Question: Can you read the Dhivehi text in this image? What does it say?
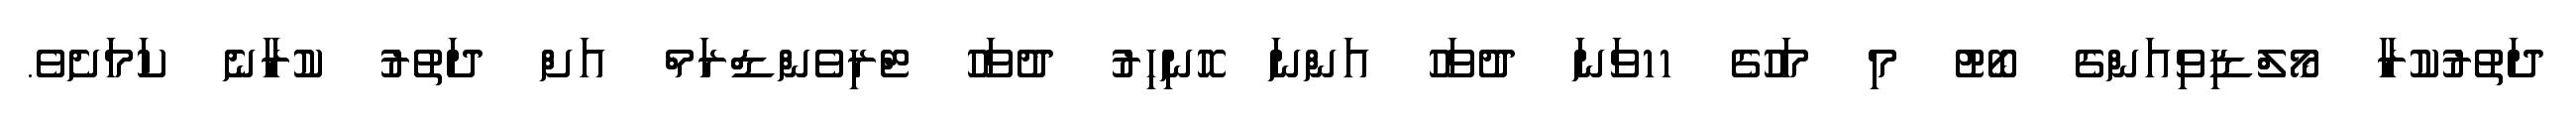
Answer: ދަތުރުކުރާ މޯލްޑިވިއަންގެ ބޯޓު މި މަހުގެ 11ވަނަ ދުވަހު އަންނަ ހޮނިހިރު ދުވަހު ޓްރިވެންޑްރަމް އަށް ދަތުރު ކުރާނެ ކަމަށެވެ.